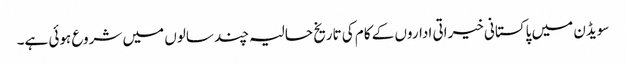
سویڈن میں پاکستانی خیراتی اداروں کے کام کی تاریخ حالیہ چند سالوں میں شروع ہوئی ہے۔